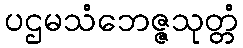
ပဌမသံဘေဇ္ဇသုတ္တံ